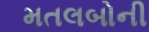
મતલબોની